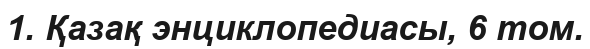
1. Қазақ энциклопедиасы, 6 том.